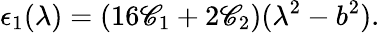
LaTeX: \epsilon_{1}(\lambda)=(16\mathscr{C}_{1}+2\mathscr{C}_{2})(\lambda^{2}-b^{2}).